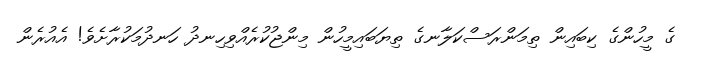
ގެ މީހުންގެ ކިބައިން ތިމަންރަސްކަލާނގެ ތިޔަބައިމީހުން މިންޖުކުރެއްވިހިނދު ހަނދުމަކުރާށެވެ! އެއުރެން